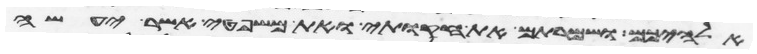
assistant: אלהיכם ושמרתם את חקותי ואת משפטי אשר יעשה